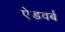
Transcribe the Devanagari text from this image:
ऐडवर्ब